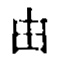
甲